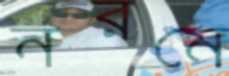
নরমে